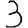
Digit: 3